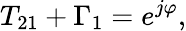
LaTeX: T_{21}+\Gamma_{1}=e^{j\varphi},